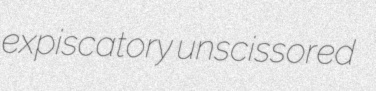
expiscatory unscissored